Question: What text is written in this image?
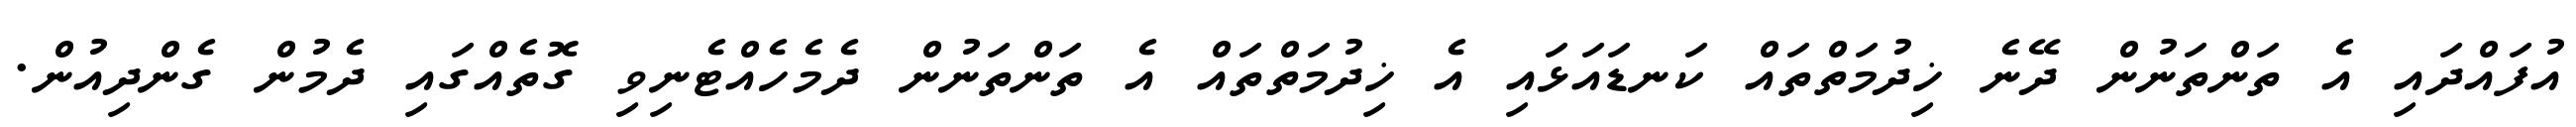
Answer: އުފައްދައި އެ ތަންތަނުން ދޭނެ ޚިދުމަތްތައް ކަނޑައަޅައި އެ ޚިދުމަތްތައް އެ ތަންތަނުން ދެމެހެއްޓެނިވި ގޮތެއްގައި ދެމުން ގެންދިއުން.